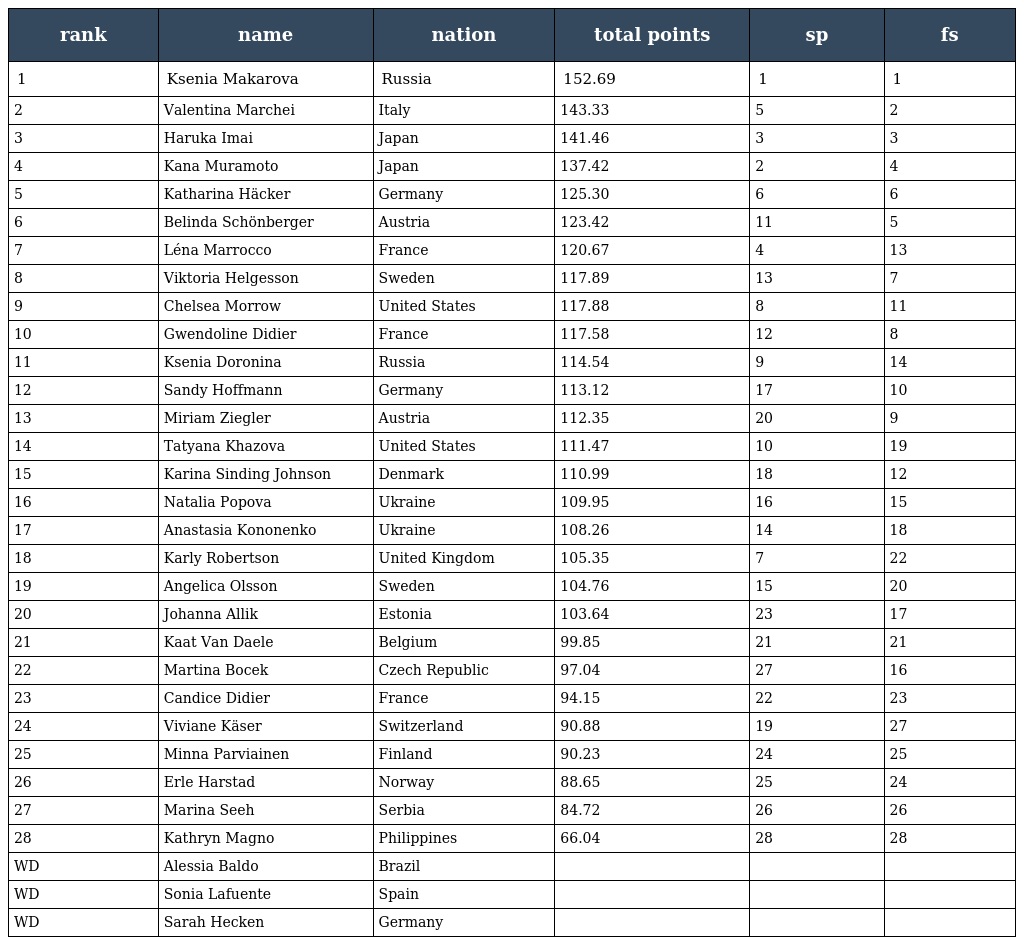
| rank | name | nation | total points | sp | fs |
 | --- | --- | --- | --- | --- | --- |
 | 1 | Ksenia Makarova | Russia | 152.69 | 1 | 1 |
 | 2 | Valentina Marchei | Italy | 143.33 | 5 | 2 |
 | 3 | Haruka Imai | Japan | 141.46 | 3 | 3 |
 | 4 | Kana Muramoto | Japan | 137.42 | 2 | 4 |
 | 5 | Katharina Häcker | Germany | 125.30 | 6 | 6 |
 | 6 | Belinda Schönberger | Austria | 123.42 | 11 | 5 |
 | 7 | Léna Marrocco | France | 120.67 | 4 | 13 |
 | 8 | Viktoria Helgesson | Sweden | 117.89 | 13 | 7 |
 | 9 | Chelsea Morrow | United States | 117.88 | 8 | 11 |
 | 10 | Gwendoline Didier | France | 117.58 | 12 | 8 |
 | 11 | Ksenia Doronina | Russia | 114.54 | 9 | 14 |
 | 12 | Sandy Hoffmann | Germany | 113.12 | 17 | 10 |
 | 13 | Miriam Ziegler | Austria | 112.35 | 20 | 9 |
 | 14 | Tatyana Khazova | United States | 111.47 | 10 | 19 |
 | 15 | Karina Sinding Johnson | Denmark | 110.99 | 18 | 12 |
 | 16 | Natalia Popova | Ukraine | 109.95 | 16 | 15 |
 | 17 | Anastasia Kononenko | Ukraine | 108.26 | 14 | 18 |
 | 18 | Karly Robertson | United Kingdom | 105.35 | 7 | 22 |
 | 19 | Angelica Olsson | Sweden | 104.76 | 15 | 20 |
 | 20 | Johanna Allik | Estonia | 103.64 | 23 | 17 |
 | 21 | Kaat Van Daele | Belgium | 99.85 | 21 | 21 |
 | 22 | Martina Bocek | Czech Republic | 97.04 | 27 | 16 |
 | 23 | Candice Didier | France | 94.15 | 22 | 23 |
 | 24 | Viviane Käser | Switzerland | 90.88 | 19 | 27 |
 | 25 | Minna Parviainen | Finland | 90.23 | 24 | 25 |
 | 26 | Erle Harstad | Norway | 88.65 | 25 | 24 |
 | 27 | Marina Seeh | Serbia | 84.72 | 26 | 26 |
 | 28 | Kathryn Magno | Philippines | 66.04 | 28 | 28 |
 | WD | Alessia Baldo | Brazil |  |  |  |
 | WD | Sonia Lafuente | Spain |  |  |  |
 | WD | Sarah Hecken | Germany |  |  |  |